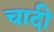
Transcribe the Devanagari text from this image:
चादी